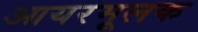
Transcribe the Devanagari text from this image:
आयरमूलक